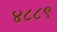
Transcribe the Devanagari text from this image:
४८८९